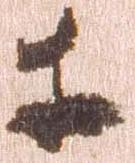
等